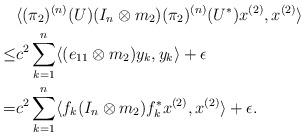
LaTeX: \begin{align*} &\langle (\pi_{2})^{(n)}(U) (I_{n} \otimes m_{2}) (\pi_{2})^{(n)}(U^{*}) x^{(2)}, x^{(2)} \rangle \\ \leq& c^{2} \sum\limits_{k=1}^{n} \langle (e_{11}\otimes m_{2})y_{k}, y_{k} \rangle+ \epsilon \\ =&c^{2}\sum\limits_{k=1}^{n}\langle f_{k}(I_{n} \otimes m_{2} )f_{k}^{*}x^{(2)}, x^{(2)} \rangle +\epsilon. \end{align*}